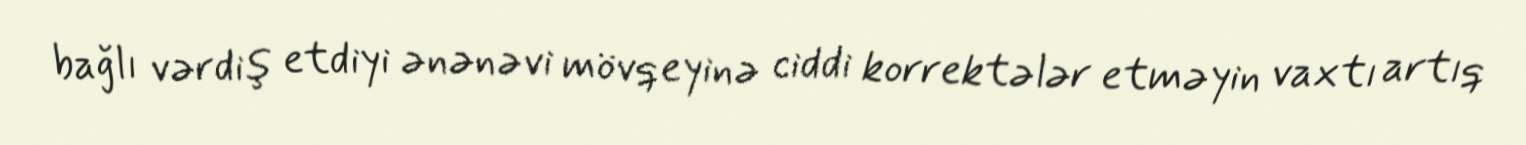
bağlı vərdiş etdiyi ənənəvi mövqeyinə ciddi korrektələr etməyin vaxtı artıq